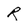
Character: R